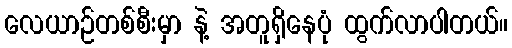
လေယာဉ်တစ်စီးမှာ နဲ့ အတူရှိနေပုံ ထွက်လာပါတယ်။